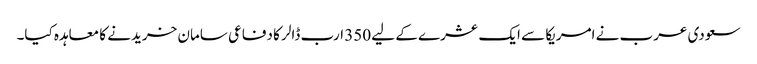
سعودی عرب نے امریکا سے ایک عشرے کے لیے 350 ارب ڈالر کا دفاعی سامان خریدنے کا معاہدہ کیا۔